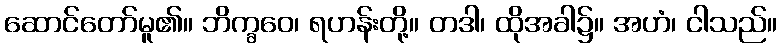
ဆောင်တော်မူ၏။ ဘိက္ခဝေ၊ ရဟန်းတို့။ တဒါ၊ ထိုအခါ၌။ အဟံ၊ ငါသည်။